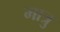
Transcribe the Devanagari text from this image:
मात्रु